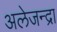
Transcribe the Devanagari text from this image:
अलेजन्द्रा